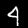
Digit: 4